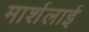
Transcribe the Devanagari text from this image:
मार्शलाई